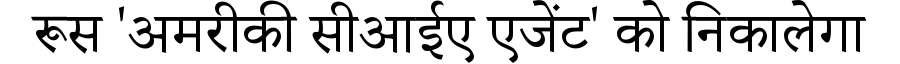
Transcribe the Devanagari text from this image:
रूस 'अमरीकी सीआईए एजेंट' को निकालेगा